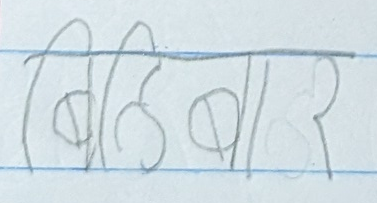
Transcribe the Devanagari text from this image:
बिहिबार